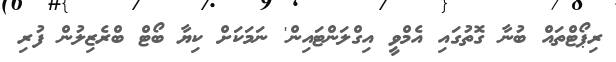
ރިޕޯޓްތައް ބުނާ ގޮތުގައި އެމްވީ އިގްލަންޓައިން' ނަމަކަށް ކިޔާ ބޯޓް ބްރެޒިލުން ފުރި